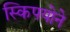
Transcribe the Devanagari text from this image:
स्किपयोने